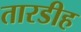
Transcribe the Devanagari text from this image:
तारडीह